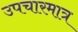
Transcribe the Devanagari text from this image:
उपचारमात्र